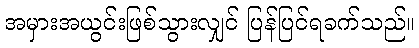
အမှားအယွင်းဖြစ်သွားလျှင် ပြန်ပြင်ရခက်သည်။